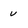
Character: v